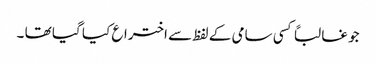
جو غالباً کسی سامی کے لفظ سے اختراع کیا گیا تھا ۔